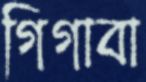
গিগাবা